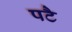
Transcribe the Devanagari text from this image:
पटै